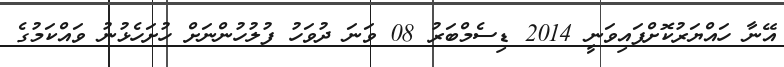
އޭނާ ހައްޔަރުކޮށްފައިވަނީ 2014 ޑިސެމްބަރު 08 ވަނަ ދުވަހު ފުލުހުންނަށް ހުށަހެޅުނު ވައްކަމުގެ